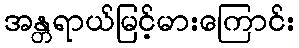
အန္တရာယ်မြင့်မားကြောင်း